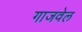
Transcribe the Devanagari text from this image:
गाजवेल